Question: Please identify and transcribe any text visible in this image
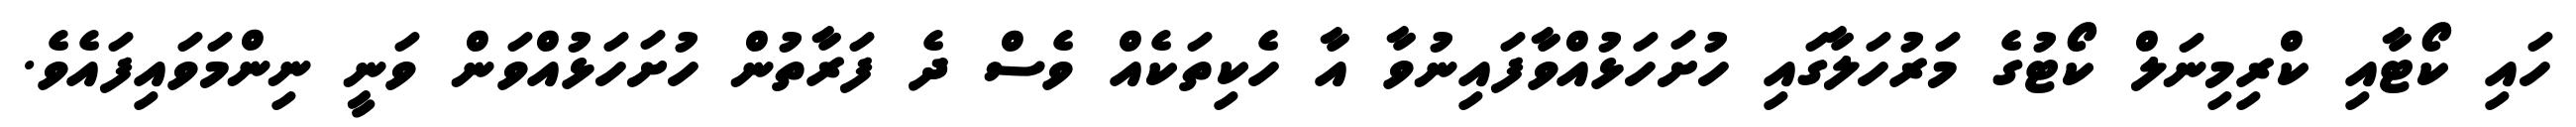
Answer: ހައި ކޯޓާއި ކްރިމިނަލް ކޯޓުގެ މަރުހަލާގައި ހުށަހަޅުއްވާފައިނުވާ އާ ހެކިތަކެއް ވެސް ދެ ފަރާތުން ހުށަހަޅުއްވަން ވަނީ ނިންމަވައިފައެވެ.